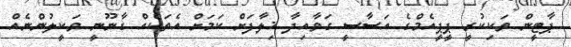
ޕާޓީން ވަކިކުރީ ޕީޕީއެމްގެ އަސާސީ ގަވާއިދާ ޚިލާފަށް ކަމަށް އެތަކެއް ގާނޫނީ ވަކީލުންނެއް